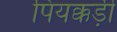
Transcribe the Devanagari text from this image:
पियक्कड़ी